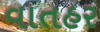
વાતહર